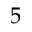
5